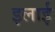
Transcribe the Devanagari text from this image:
इलाई